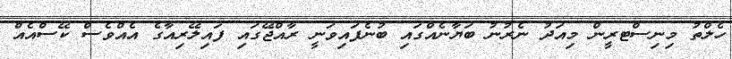
ހެލްތު މިނިސްޓރީން މިއަދު ނެރުނު ބަޔާނެއްގައި ބުނެފައިވަނީ ރާއްޖޭގައި ފައިލޭރިއާގެ އެއްވެސް ކޭސްއެއް